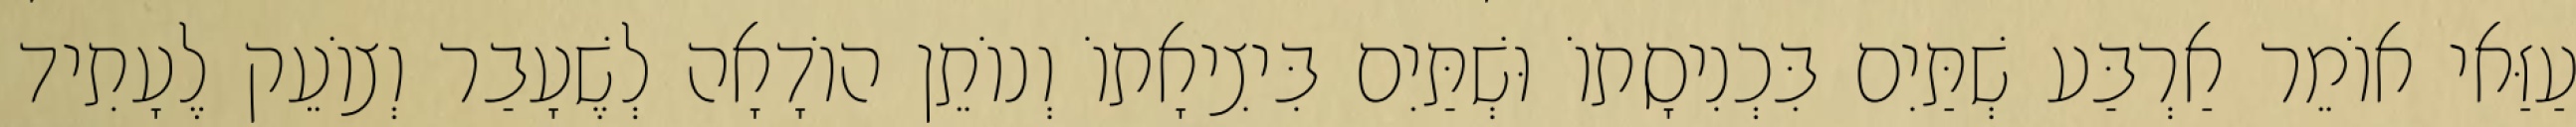
עַזַּאי אוֹמֵר אַרְבַּע שְׁתַּיִם בִּכְנִיסָתוֹ וּשְׁתַּיִם בִּיצִיאָתוֹ וְנוֹתֵן הוֹדָאָה לְשֶׁעָבַר וְצוֹעֵק לֶעָתִיד